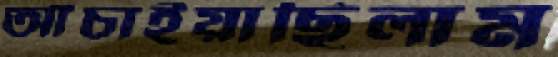
আঁচাইয়াছিলাম